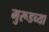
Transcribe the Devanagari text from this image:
मुरूडच्या